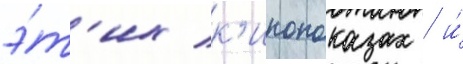
э́т'их к'инопоказах / и́